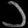
Digit: ၁